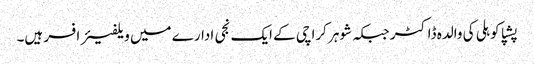
پشپا کوہلی کی والدہ ڈاکٹر جبکہ شوہر کراچی کے ایک نجی ادارے میں ویلفیئر افسر ہیں۔